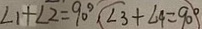
\angle 1 + \angle 2 = 9 0 ^ { \circ } \angle 3 + \angle 4 = 9 0 ^ { \circ }